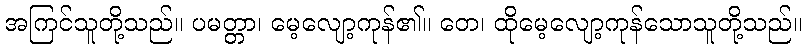
အကြင်သူတို့သည်။ ပမတ္တာ၊ မေ့လျော့ကုန်၏။ တေ၊ ထိုမေ့လျော့ကုန်သောသူတို့သည်။